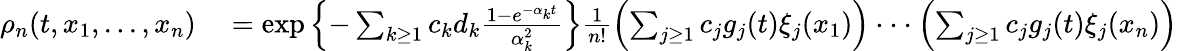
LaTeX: \begin{array}{rl}{\rho_{n}(t,x_{1},...,x_{n})}&{{}=\exp\left\{ -\sum_{k\geq 1}c_{k}d_{k}\frac{1-e^{-\alpha_{k}t}}{\alpha_{k}^{2}}\right\} \frac{1}{n!}\left(\sum_{j\geq 1}c_{j}g_{j}(t)\xi_{j}(x_{1})\right)\cdot\cdot\cdot\left(\sum_{j\geq 1}c_{j}g_{j}(t)\xi_{j}(x_{n})\right)}\end{array}